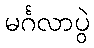
မင်္ဂလာပွဲ